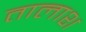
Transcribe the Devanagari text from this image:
तालाश